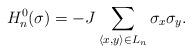
LaTeX: \begin{align*}H^{0}_{n}(\sigma)=-J\displaystyle\sum_{\langle x, y\rangle \in L_n}\sigma_x\sigma_y.\end{align*}